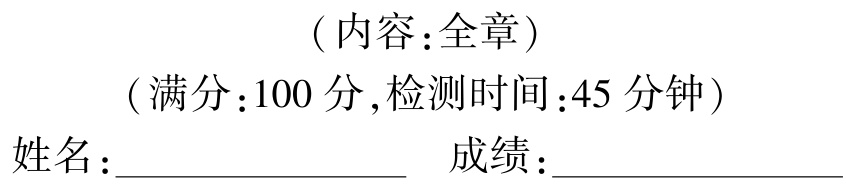
（内容：全章）
（满分：100 分,检测时间：45 分钟）
姓名：________________  成绩：________________